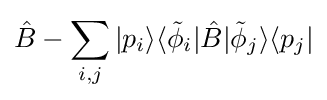
{\hat {B}}-\sum _{i,j}|p_{i}\rangle \langle {\tilde {\phi }}_{i}|{\hat {B}}|{\tilde {\phi }}_{j}\rangle \langle p_{j}|